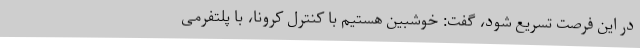
در این فرصت تسریع شود، گفت: خوشبین هستیم با کنترل کرونا، با پلتفرمی